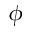
\phi